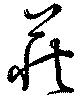
荻